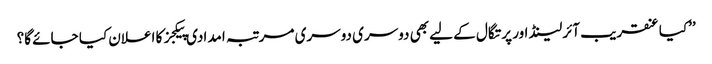
’’کیا عنقریب آئرلینڈ اور پرتگال کے لیے بھی دوسری دوسری مرتبہ امدادی پیکجز کا اعلان کیا جائے گا؟